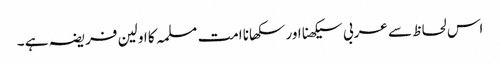
اس لحاظ سے عربی سیکھنا اور سکھانا امت مسلمہ کا اولین فریضہ ہے ۔